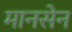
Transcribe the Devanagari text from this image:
मानसेन